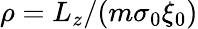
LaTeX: \rho=L_{z}/(m\sigma_{0}\xi_{0})